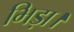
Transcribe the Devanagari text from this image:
भिड़ा।